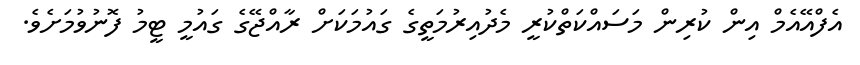
އެފްއޭއެމް އިން ކުރިން މަސައްކަތްކުރީ މެދުއިރުމަތީގެ ގައުމަކަށް ރާއްޖޭގެ ގައުމީ ޓީމު ފޮނުވުމަށެވެ.